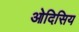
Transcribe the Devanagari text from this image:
ओदिसिय